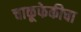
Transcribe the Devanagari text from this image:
चाकूफेकीचा